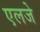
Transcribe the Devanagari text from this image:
एलजे